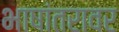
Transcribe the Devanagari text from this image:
भाषांतरावर